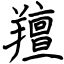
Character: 羶